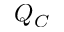
Q _ { C }